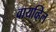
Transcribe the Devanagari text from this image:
वायव्हिल